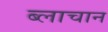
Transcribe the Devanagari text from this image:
ब्लाचान